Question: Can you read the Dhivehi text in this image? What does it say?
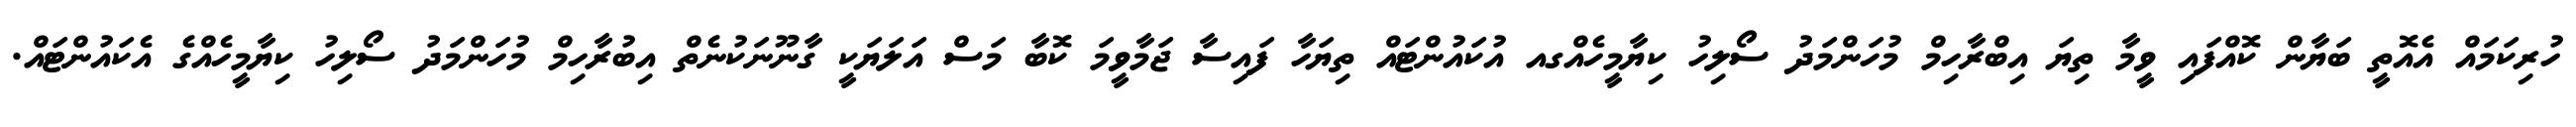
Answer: ހުރިކަމައް އެއޮތީ ބަޔާން ކޮއްފައި ވީމާ ތިޔަ އިބްރާހިމް މުހަންމަދު ސޯލިހު ކިޔާމީހެއްގއ އުކައުންޓައް ތިޔަހާ ފައިސާ ޖަމާވީމަ ކޮބާ މަސް އަލަޔަކީ ގާނޫނަކުނެތް އިބުރާހިމް މުހަންމަދު ސޯލިހު ކިޔާމީހެއްގެ އެކައުންޓައް.